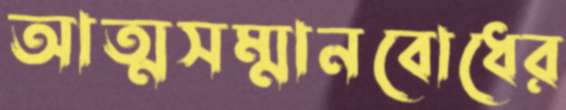
আত্মসম্মানবোধের